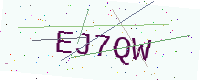
Text: EJ7QW